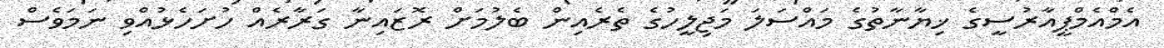
އެމްއެމްޕީއާރުސީގެ ޚިޔާނާތުގެ މައްސަލަ މަޖިލީހުގެ ތެރެއިން ބެލުމަށް ރޮޒައިނާ ގަރާރެއް ހުށަހެޅުއްވި ނަމަވެސް